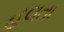
હલતા